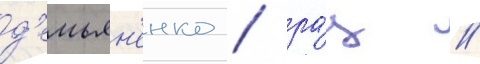
д'емьян'енко / ра́ц /